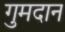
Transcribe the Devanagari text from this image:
गुमदान